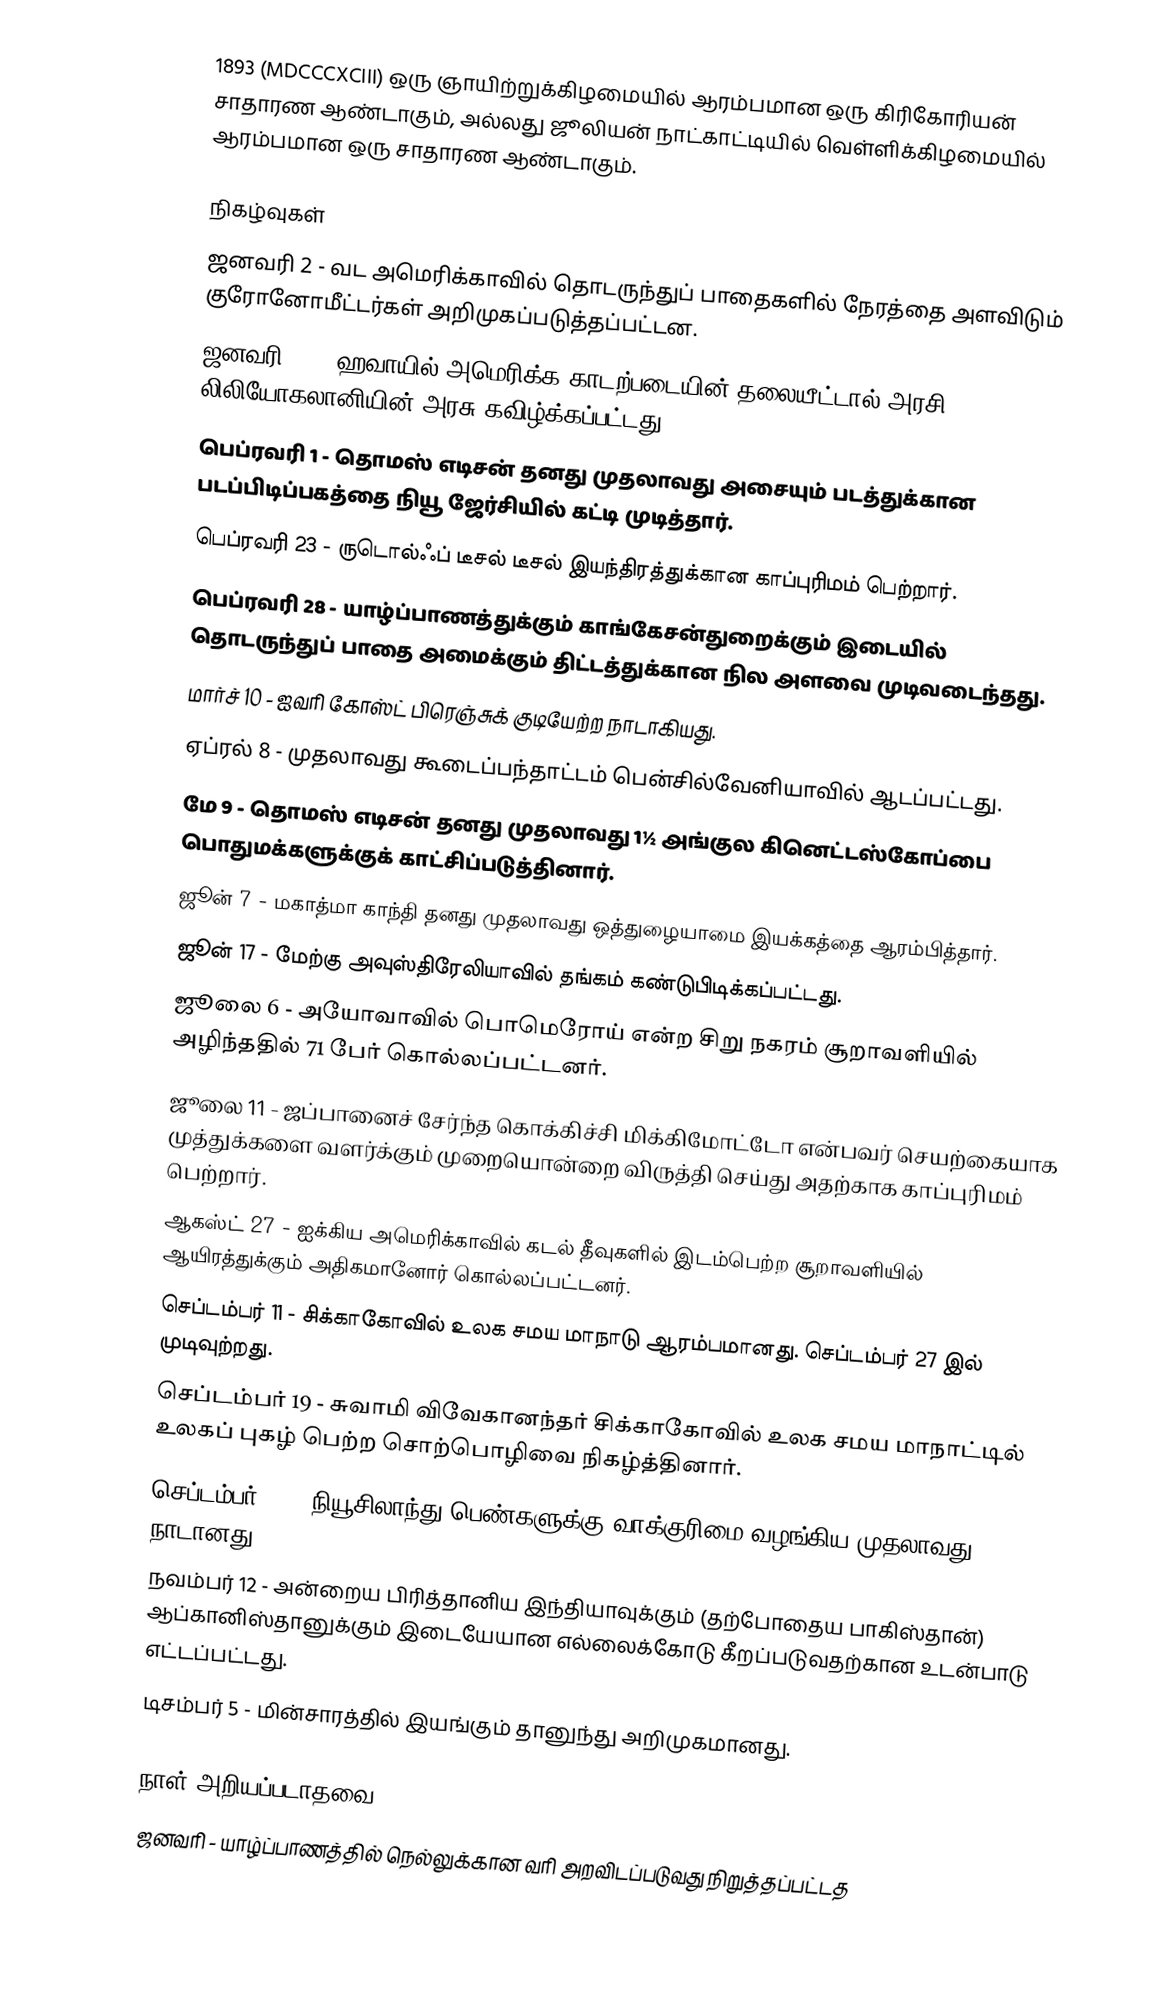
1893  (MDCCCXCIII) ஒரு ஞாயிற்றுக்கிழமையில் ஆரம்பமான ஒரு கிரிகோரியன் சாதாரண ஆண்டாகும், அல்லது ஜூலியன் நாட்காட்டியில் வெள்ளிக்கிழமையில் ஆரம்பமான ஒரு சாதாரண ஆண்டாகும்.

நிகழ்வுகள்
 ஜனவரி 2 - வட அமெரிக்காவில் தொடருந்துப் பாதைகளில் நேரத்தை அளவிடும் குரோனோமீட்டர்கள் அறிமுகப்படுத்தப்பட்டன.
 ஜனவரி 17 - ஹவாயில் அமெரிக்க காடற்படையின் தலையீட்டால் அரசி லிலியோகலானியின் அரசு கவிழ்க்கப்பட்டது.
 பெப்ரவரி 1 - தொமஸ் எடிசன் தனது முதலாவது அசையும் படத்துக்கான படப்பிடிப்பகத்தை நியூ ஜேர்சியில் கட்டி முடித்தார்.
 பெப்ரவரி 23 - ருடொல்ஃப் டீசல் டீசல் இயந்திரத்துக்கான காப்புரிமம் பெற்றார்.
 பெப்ரவரி 28 - யாழ்ப்பாணத்துக்கும் காங்கேசன்துறைக்கும் இடையில் தொடருந்துப் பாதை அமைக்கும் திட்டத்துக்கான நில அளவை முடிவடைந்தது.
 மார்ச் 10 - ஐவரி கோஸ்ட் பிரெஞ்சுக் குடியேற்ற நாடாகியது.
 ஏப்ரல் 8 - முதலாவது கூடைப்பந்தாட்டம் பென்சில்வேனியாவில் ஆடப்பட்டது.
 மே 9 - தொமஸ் எடிசன் தனது முதலாவது 1½ அங்குல கினெட்டஸ்கோப்பை பொதுமக்களுக்குக் காட்சிப்படுத்தினார்.
 ஜூன் 7 - மகாத்மா காந்தி தனது முதலாவது ஒத்துழையாமை இயக்கத்தை ஆரம்பித்தார்.
 ஜூன் 17 - மேற்கு அவுஸ்திரேலியாவில் தங்கம் கண்டுபிடிக்கப்பட்டது.
 ஜூலை 6 - அயோவாவில் பொமெரோய் என்ற சிறு நகரம் சூறாவளியில் அழிந்ததில் 71 பேர் கொல்லப்பட்டனர்.
 ஜூலை 11 - ஜப்பானைச் சேர்ந்த கொக்கிச்சி மிக்கிமோட்டோ என்பவர் செயற்கையாக முத்துக்களை வளர்க்கும் முறையொன்றை விருத்தி செய்து அதற்காக காப்புரிமம் பெற்றார்.
 ஆகஸ்ட் 27 - ஐக்கிய அமெரிக்காவில் கடல் தீவுகளில் இடம்பெற்ற சூறாவளியில் ஆயிரத்துக்கும் அதிகமானோர் கொல்லப்பட்டனர்.
 செப்டம்பர் 11 - சிக்காகோவில் உலக சமய மாநாடு ஆரம்பமானது. செப்டம்பர் 27 இல் முடிவுற்றது.
 செப்டம்பர் 19 - சுவாமி விவேகானந்தர் சிக்காகோவில் உலக சமய மாநாட்டில் உலகப் புகழ் பெற்ற சொற்பொழிவை நிகழ்த்தினார்.
 செப்டம்பர் 19 - நியூசிலாந்து பெண்களுக்கு வாக்குரிமை வழங்கிய முதலாவது நாடானது.
 நவம்பர் 12 - அன்றைய பிரித்தானிய இந்தியாவுக்கும் (தற்போதைய பாகிஸ்தான்) ஆப்கானிஸ்தானுக்கும் இடையேயான எல்லைக்கோடு கீறப்படுவதற்கான உடன்பாடு எட்டப்பட்டது.
 டிசம்பர் 5 - மின்சாரத்தில் இயங்கும் தானுந்து அறிமுகமானது.

நாள் அறியப்படாதவை
 ஜனவரி - யாழ்ப்பாணத்தில் நெல்லுக்கான வரி அறவிடப்படுவது நிறுத்தப்பட்டத